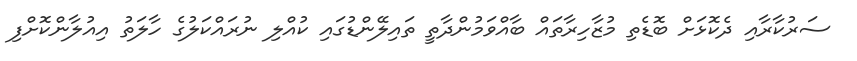
ސަރުކާރާއި ދެކޮޅަށް ބޮޑެތި މުޒާހިރާތައް ބާއްވަމުންދާތީ ތައިލޭންޑުގައި ކުއްލި ނުރައްކަލުގެ ހާލަތު އިއުލާންކޮށްފި